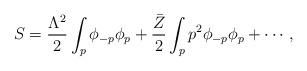
LaTeX: \begin{align*}S=\frac{\Lambda^2}{2}\int_p\phi_{-p}\phi_p+\frac{\bar Z}{2}\int_p p^2\phi_{-p}\phi_p+\cdots,\end{align*}